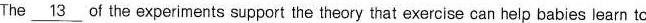
The \underline{13} of the experiments support the theory that exercise can help babies learn to